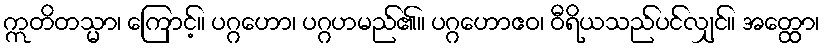
ဣတိတသ္မာ၊ ကြောင့်။ ပဂ္ဂဟော၊ ပဂ္ဂဟမည်၏။ ပဂ္ဂဟောဧဝ၊ ဝီရိယသည်ပင်လျှင်။ အတ္ထော၊